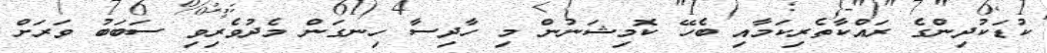
ކުޑަކުދިންގެ ރައްކާތެރިކަމާއި ބެހޭ ކޮމިޝަނުން މި ހާދިސާ ހިނގަން މެދުވެރިވި ސަބަބު ވަރަށް